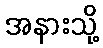
အနားသို့